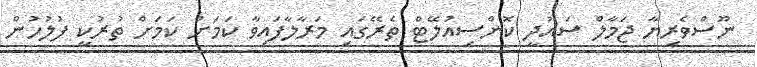
ނޫސްވެރިޔާ ޖަމާލް ސައުދީ ކޮންސިއުލޭޓް ތެރޭގައި މަރާލާފައިވާ ކަމަށް ކަމަށް ތުރުކީ ފުލުހުން